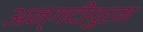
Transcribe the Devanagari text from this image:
अन्गदीपुरम